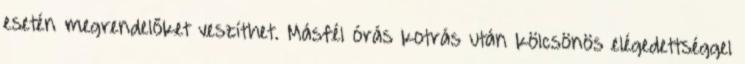
esetén megrendelőket veszíthet. Másfél órás kotrás után kölcsönös elégedettséggel